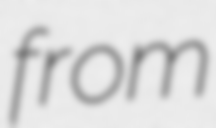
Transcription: from